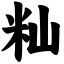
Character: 籼